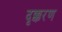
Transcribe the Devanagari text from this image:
दृक्करण